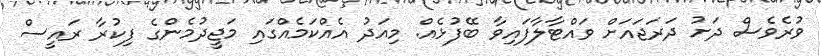
ވުރެވެސް ދަށު ދަރަޖައަށް ވައްޓާލާފައިވާ ބޭފުޅެއް. މިއަދު އެއްކަމެއްގައި މަޖީދުމެންގެ ފިކުރާ ރައީސް